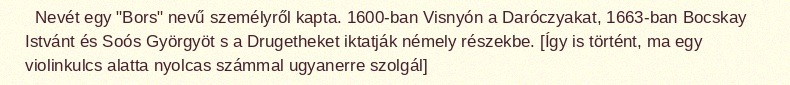
Nevét egy "Bors" nevű személyről kapta. 1600-ban Visnyón a Daróczyakat, 1663-ban Bocskay Istvánt és Soós Györgyöt s a Drugetheket iktatják némely részekbe. [Így is történt, ma egy violinkulcs alatta nyolcas számmal ugyanerre szolgál]